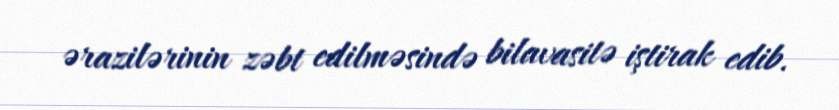
ərazilərinin zəbt edilməsində bilavasitə iştirak edib.